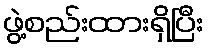
ဖွဲ့စည်းထားရှိပြီး